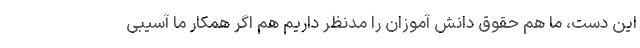
این دست، ما هم حقوق دانش آموزان را مدنظر داریم هم اگر همکار ما آسیبی